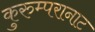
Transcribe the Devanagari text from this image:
कुरुम्परानाट